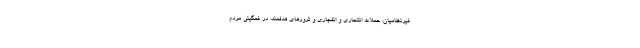
غیرنظامیان، حملات انتحاری و انفجاری و ترورهای هدفمند، در غمگینی مردم